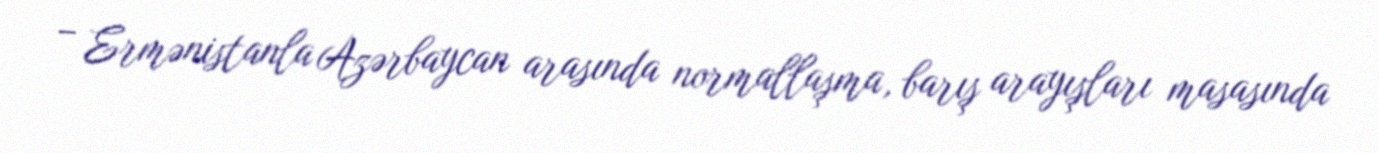
– Ermənistanla Azərbaycan arasında normallaşma, barış arayışları masasında